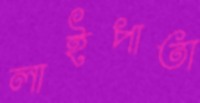
লাইপাতা